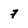
Character: 7